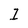
Character: O